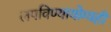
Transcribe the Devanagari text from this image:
लपविण्यायोग्यही